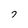
Character: 7